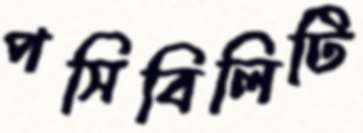
পসিবিলিটি